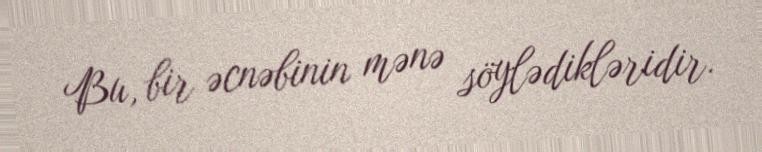
Bu, bir əcnəbinin mənə söylədikləridir.